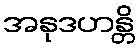
အနုဒဟန္တိ